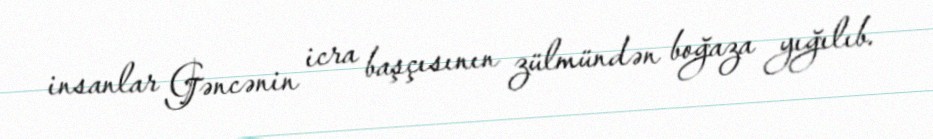
insanlar Gəncənin icra başçısının zülmündən boğaza yığılıb.